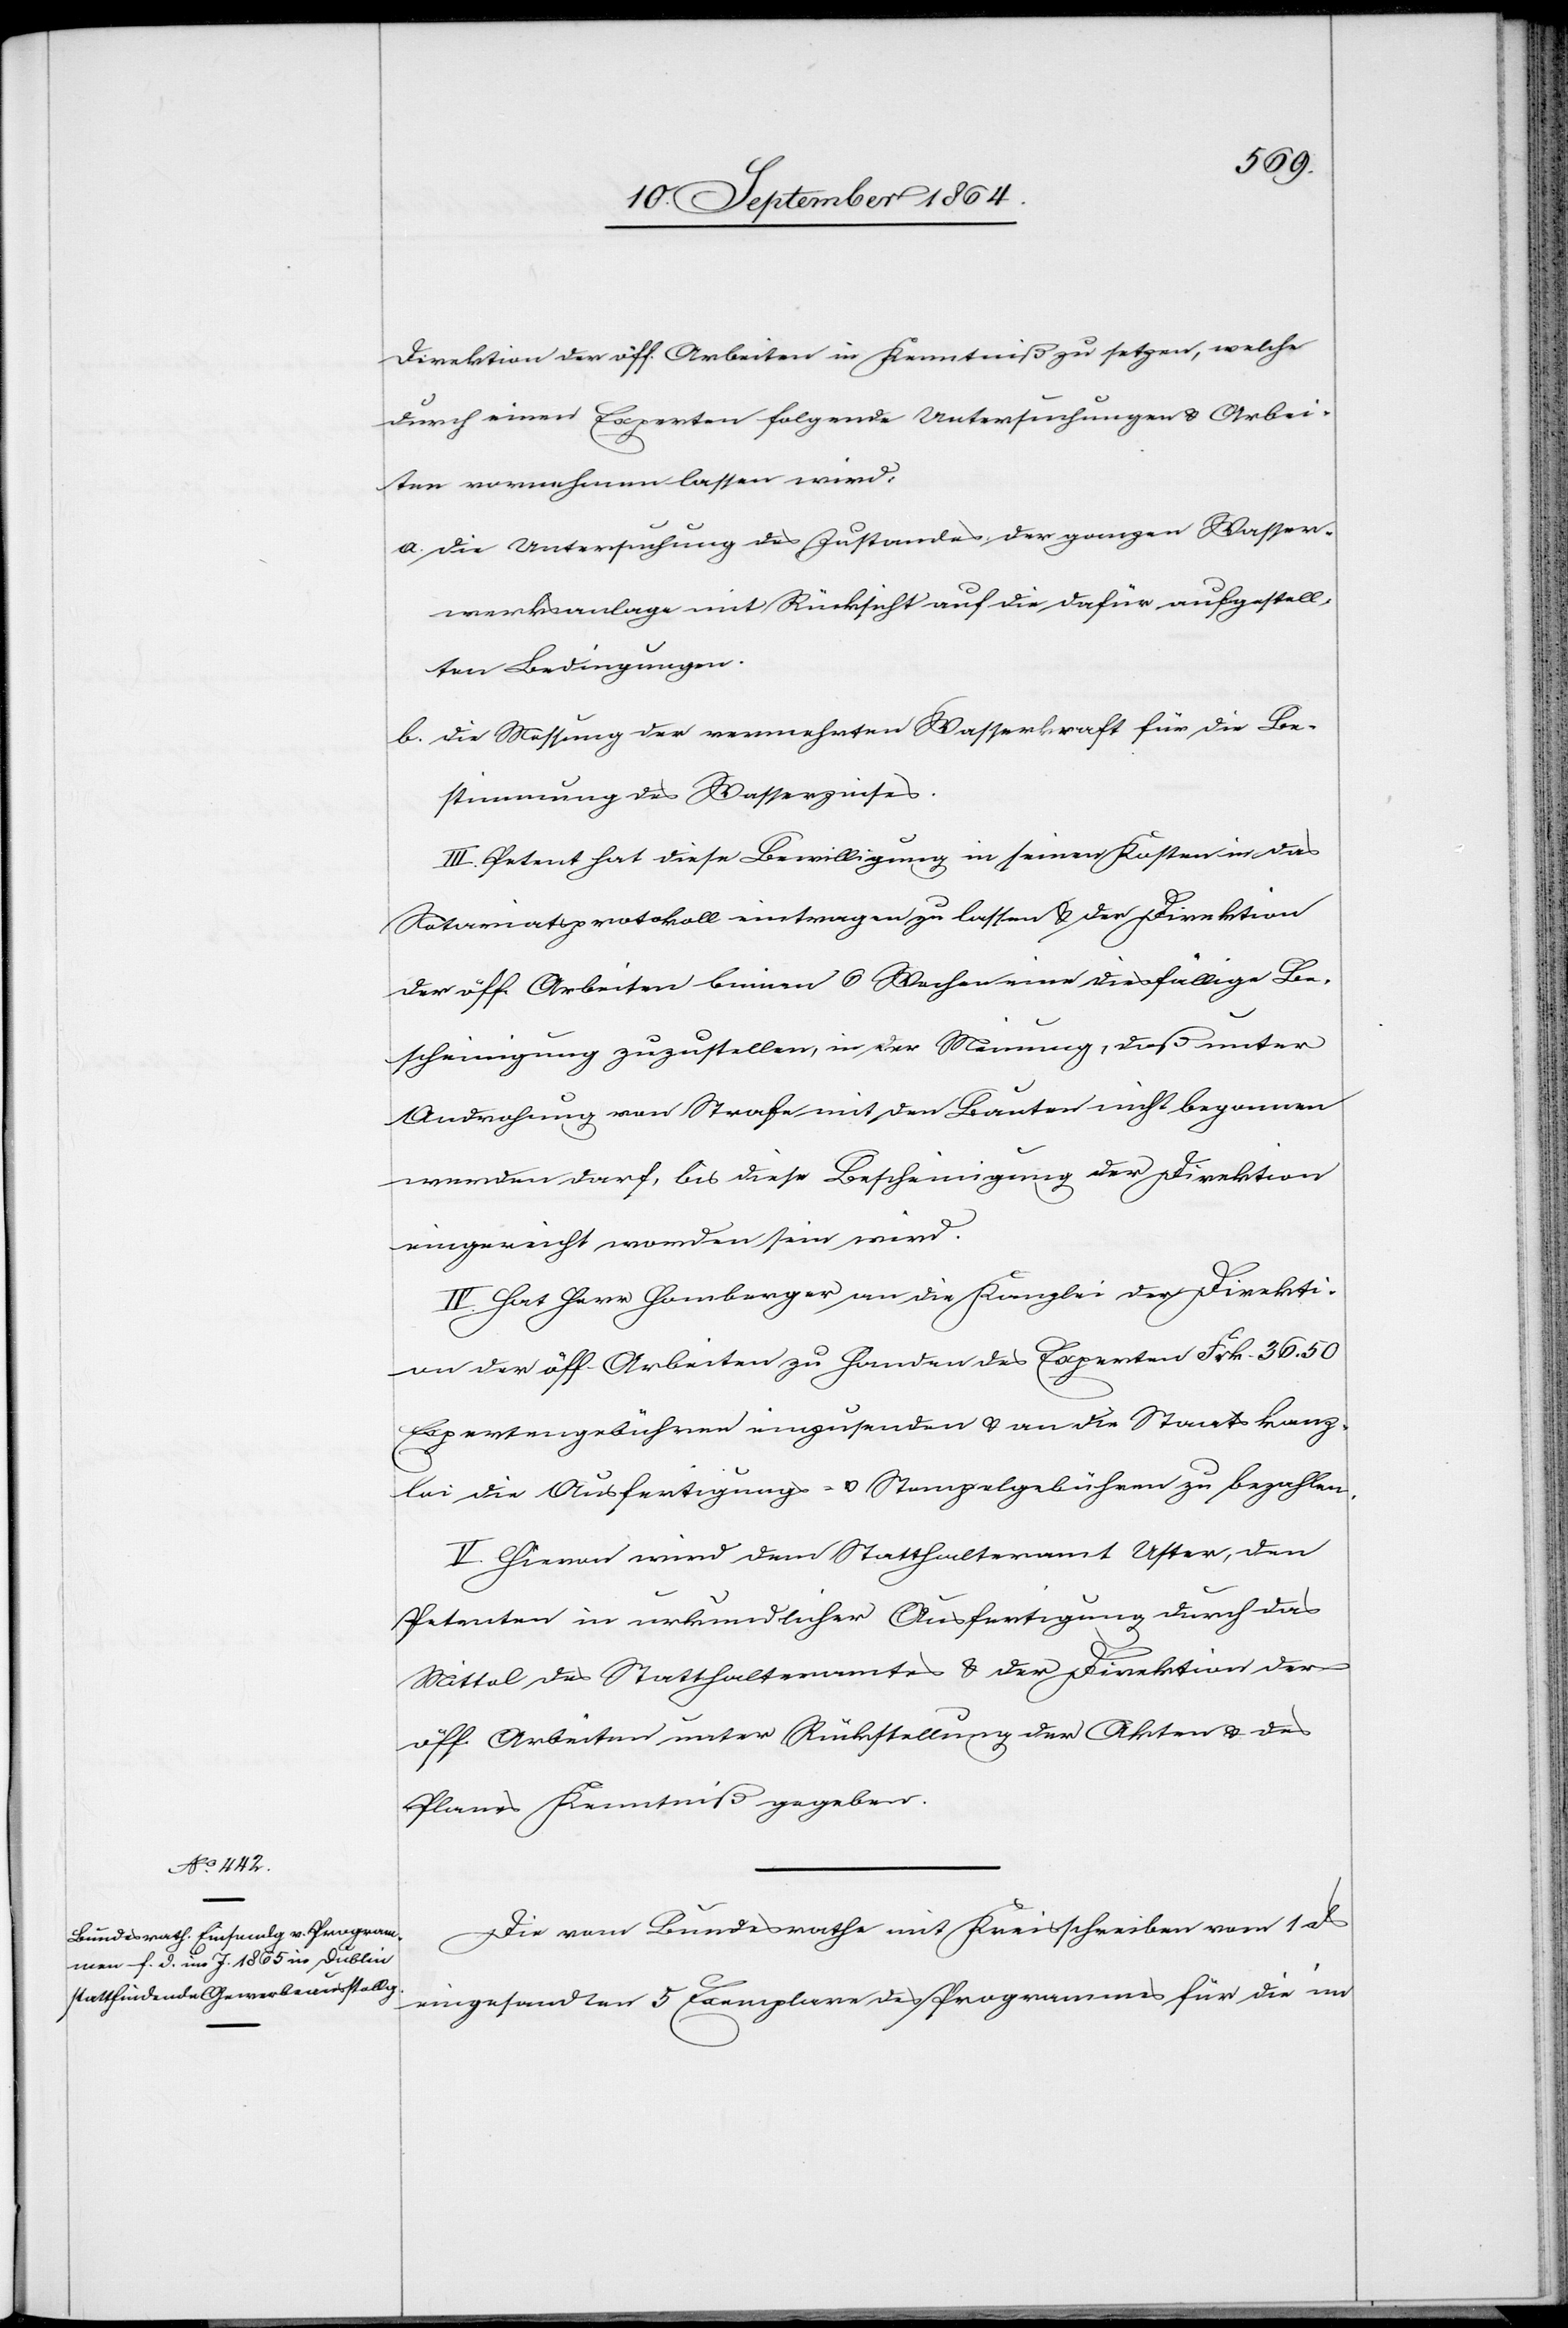
Direktion der öff. Arbeiten in Kenntniß zu setzen, welche
durch einen Experten folgende Untersuchungen & Arbei¬
ten vornehmen lassen wird:
a.	die Untersuchung des Zustandes der ganzen Wasser¬
werksanlage mit Rücksicht auf die dafür aufgestell¬
ten Bedingungen.
b.	die Messung der vermehrten Wasserkraft für die Be¬
stimmung des Wasserzinses.
III. Petent hat diese Bewilligung in seinen Kosten in das
Notariatsprotokoll eintragen zu lassen & der Direktion
der öff. Arbeiten binnen 6 Wochen eine diesfällige Be¬
scheinigung zuzustellen, in der Meinung, daß unter
Androhung von Strafe mit den Bauten nicht begonnen
werden darf, bis diese Bescheinigung der Direktion
eingereicht worden sein wird.
IV. Hat Herr Homberger an die Kanzlei der Direkti¬
on der öff. Arbeiten zu Handen des Experten Frk. 36.50
Expertengebühren einzusenden & an die Staatskanz¬
lei die Ausfertigungs- & Stempelgebühren zu bezahlen.
V. Hievon wird dem Statthalteramt Uster, den
Petenten in urkundlicher Ausfertigung durch das
Mittel des Statthalteramtes & der Direktion der
öff. Arbeiten unter Rückstellung der Akten & des
Planes Kenntniß gegeben.
Die vom Bundesrathe mit Kreisschreiben vom 1.
eingesandten 5 Exemplare des Programmes für die im